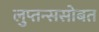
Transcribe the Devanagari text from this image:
लुप्तन्ससोबत